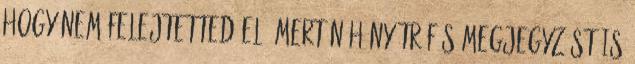
hogy nem felejtetted el, mert néhány tréfás megjegyzést is